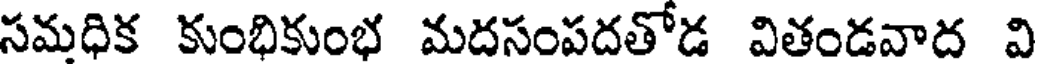
సమధిక కుంభికుంభ మదసంపదతోడ వితండవాద వి